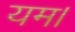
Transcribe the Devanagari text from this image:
यम।